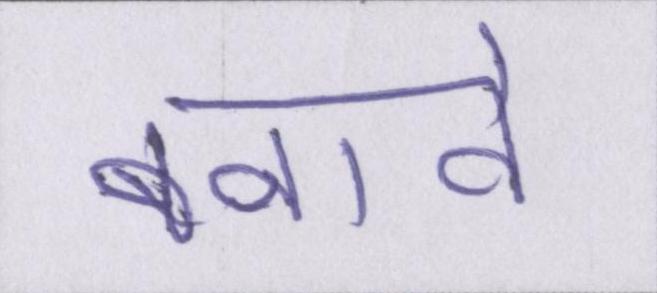
बनावे